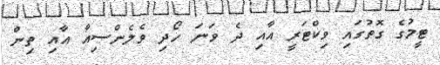
ޓީމުގެ ގޮތުގައި ވިކްޓަރީ އާއި ދެ ވަނަ ހޯދި ވެލެންސިއާ އާއި ތިން